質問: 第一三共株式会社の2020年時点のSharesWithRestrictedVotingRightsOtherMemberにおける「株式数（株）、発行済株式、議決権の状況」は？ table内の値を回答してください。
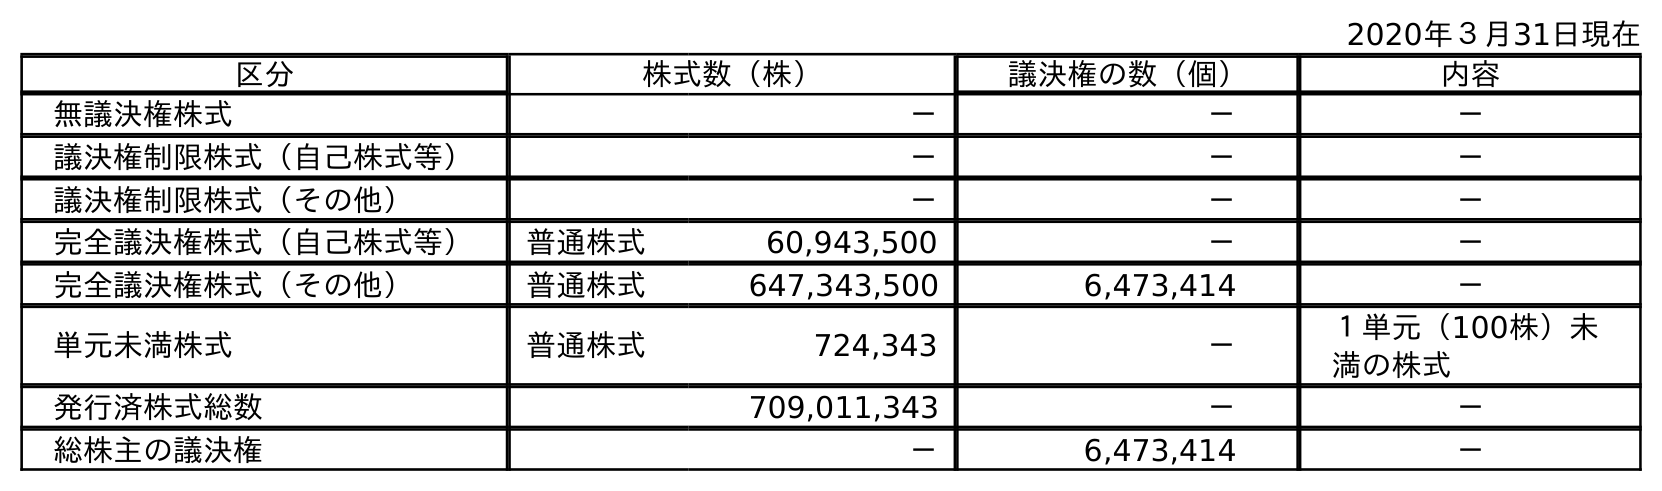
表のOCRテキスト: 2020年３月31日現在 区分 株式数（株） 議決権の数（個） 内容 無議決権株式 － － － 議決権制限株式（自己株式等） － － － 議決権制限株式（その他） － － － 完全議決権株式（自己株式等） 普通株式 60,943,500 － － 完全議決権株式（その他） 普通株式 647,343,500 6,473,414 － 単元未満株式 普通株式 724,343 － １単元（100株）未 満の株式 発行済株式総数 709,011,343 － － 総株主の議決権 － 6,473,414 －
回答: －